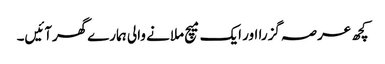
کچھ عرصہ گزرا اور ایک میچ ملانے والی ہمارےگھرآئیں۔